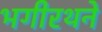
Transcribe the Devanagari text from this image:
भगीरथने